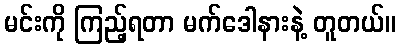
မင်းကို ကြည့်ရတာ မက်ဒေါနားနဲ့ တူတယ်။